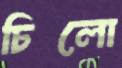
চিলো